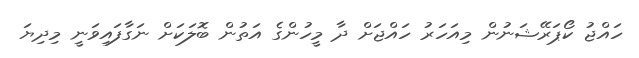
ހައްޖު ކޯޕަރޭޝަނުން މިއަހަރު ހައްޖަށް ދާ މީހުންގެ އަތުން ބޮލަކަށް ނަގާފައިވަނީ މިދިޔަ